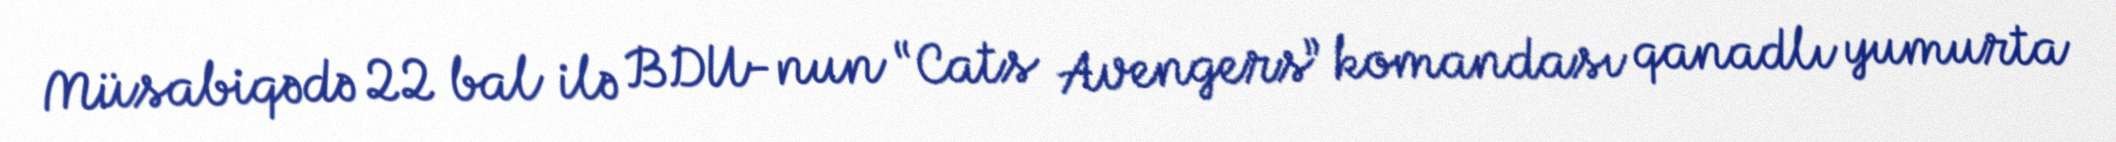
Müsabiqədə 22 bal ilə BDU-nun “Cats Avengers” komandası qanadlı yumurta